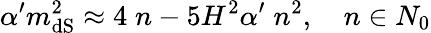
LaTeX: \alpha^{\prime}m_{\mathrm{dS}}^{2}\approx 4\; n-5H^{2}\alpha^{\prime}\; n^{2},\quad n\in N_{0}